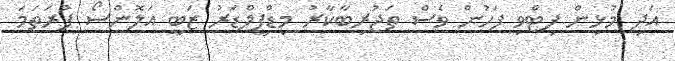
އަދި މުޅިން ފިޓްވި ފަހުން ވެސް ތަޖުރިބާކާރު މިޑްފީލްޑަރު ޒަބީ އަލޮންސޯ ފުރަތަމަ